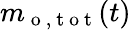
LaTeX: m_{\mathrm{~o~,~t~o~t~}}(t)